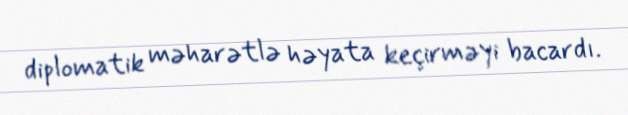
diplomatik məharətlə həyata keçirməyi bacardı.